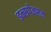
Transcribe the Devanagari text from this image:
इन्सपेक्सन